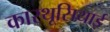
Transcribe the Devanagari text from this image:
कारथूसियाई